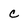
Character: C